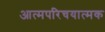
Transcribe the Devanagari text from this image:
आत्मपरिचयात्मक